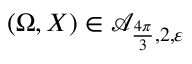
( \Omega , X ) \in \mathcal A _ { \frac { 4 \pi } { 3 } , 2 , \varepsilon }